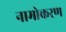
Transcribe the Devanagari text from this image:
नामोकरण